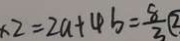
\times 2 = 2 a + 4 b = \frac { 8 } { 3 } \textcircled { 2 }